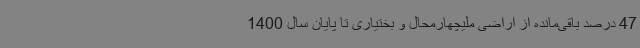
47 درصد باقی‌مانده از اراضی ملیچهارمحال و بختیاری تا پایان سال 1400